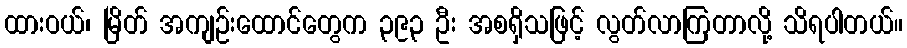
ထားဝယ်၊ မြိတ် အကျဉ်းထောင်တွေက ၃၉၃ ဦး အစရှိသဖြင့် လွတ်လာကြတာလို့ သိရပါတယ်။